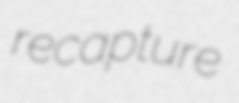
recapture